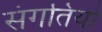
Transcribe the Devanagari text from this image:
संगतियो